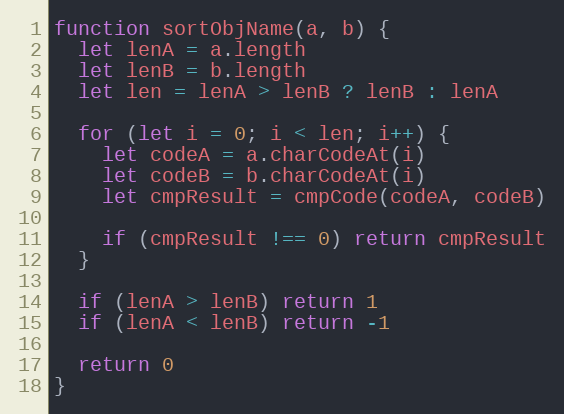
Language: JavaScript
function sortObjName(a, b) {
  let lenA = a.length
  let lenB = b.length
  let len = lenA > lenB ? lenB : lenA

  for (let i = 0; i < len; i++) {
    let codeA = a.charCodeAt(i)
    let codeB = b.charCodeAt(i)
    let cmpResult = cmpCode(codeA, codeB)

    if (cmpResult !== 0) return cmpResult
  }

  if (lenA > lenB) return 1
  if (lenA < lenB) return -1

  return 0
}